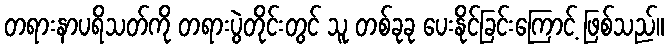
တရားနာပရိသတ်ကို တရားပွဲတိုင်းတွင် သူ တစ်ခုခု ပေးနိုင်ခြင်းကြောင့် ဖြစ်သည်။